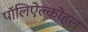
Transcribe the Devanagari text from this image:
पॉलिऐल्कोहल